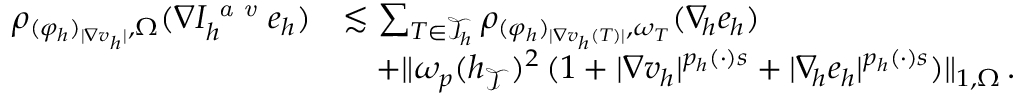
\begin{array} { r } { \begin{array} { r l } { \rho _ { ( \varphi _ { h } ) _ { \vert \nabla v _ { h } \vert } , \Omega } ( \nabla I _ { h } ^ { \textit { a v } } e _ { h } ) } & { \lesssim \sum _ { T \in \mathcal { T } _ { h } } { \rho _ { ( \varphi _ { h } ) _ { \vert \nabla v _ { h } ( T ) \vert } , \omega _ { T } } ( \nabla _ { \! h } e _ { h } ) } } \\ & { \quad + \| \omega _ { p } ( h _ { \mathcal { T } } ) ^ { 2 } \, ( 1 + \vert \nabla v _ { h } \vert ^ { p _ { h } ( \cdot ) s } + \vert \nabla _ { \! h } e _ { h } \vert ^ { p _ { h } ( \cdot ) s } ) \| _ { 1 , \Omega } \, . } \end{array} } \end{array}